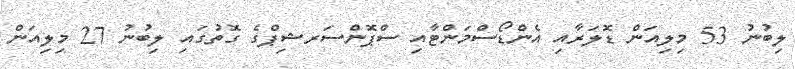
ލިބުނު 53 މިލިއަން ޑޮލަރާއި އެންޑޯސްމަންޓާއި ސްޕޮންސަރޝިޕްގެ ގޮތުގައި ލިބުނު 27 މިލިއަން